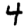
Digit: 4